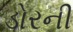
ડોરની